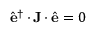
\hat { \mathbf { e } } ^ { \dagger } \, { \boldsymbol { \cdot } } \, { \mathbf { J } } \, { \boldsymbol { \cdot } } \, \hat { \mathbf { e } } = 0